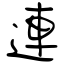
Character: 連